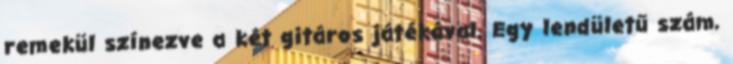
remekül színezve a két gitáros játékával. Egy lendületű szám,